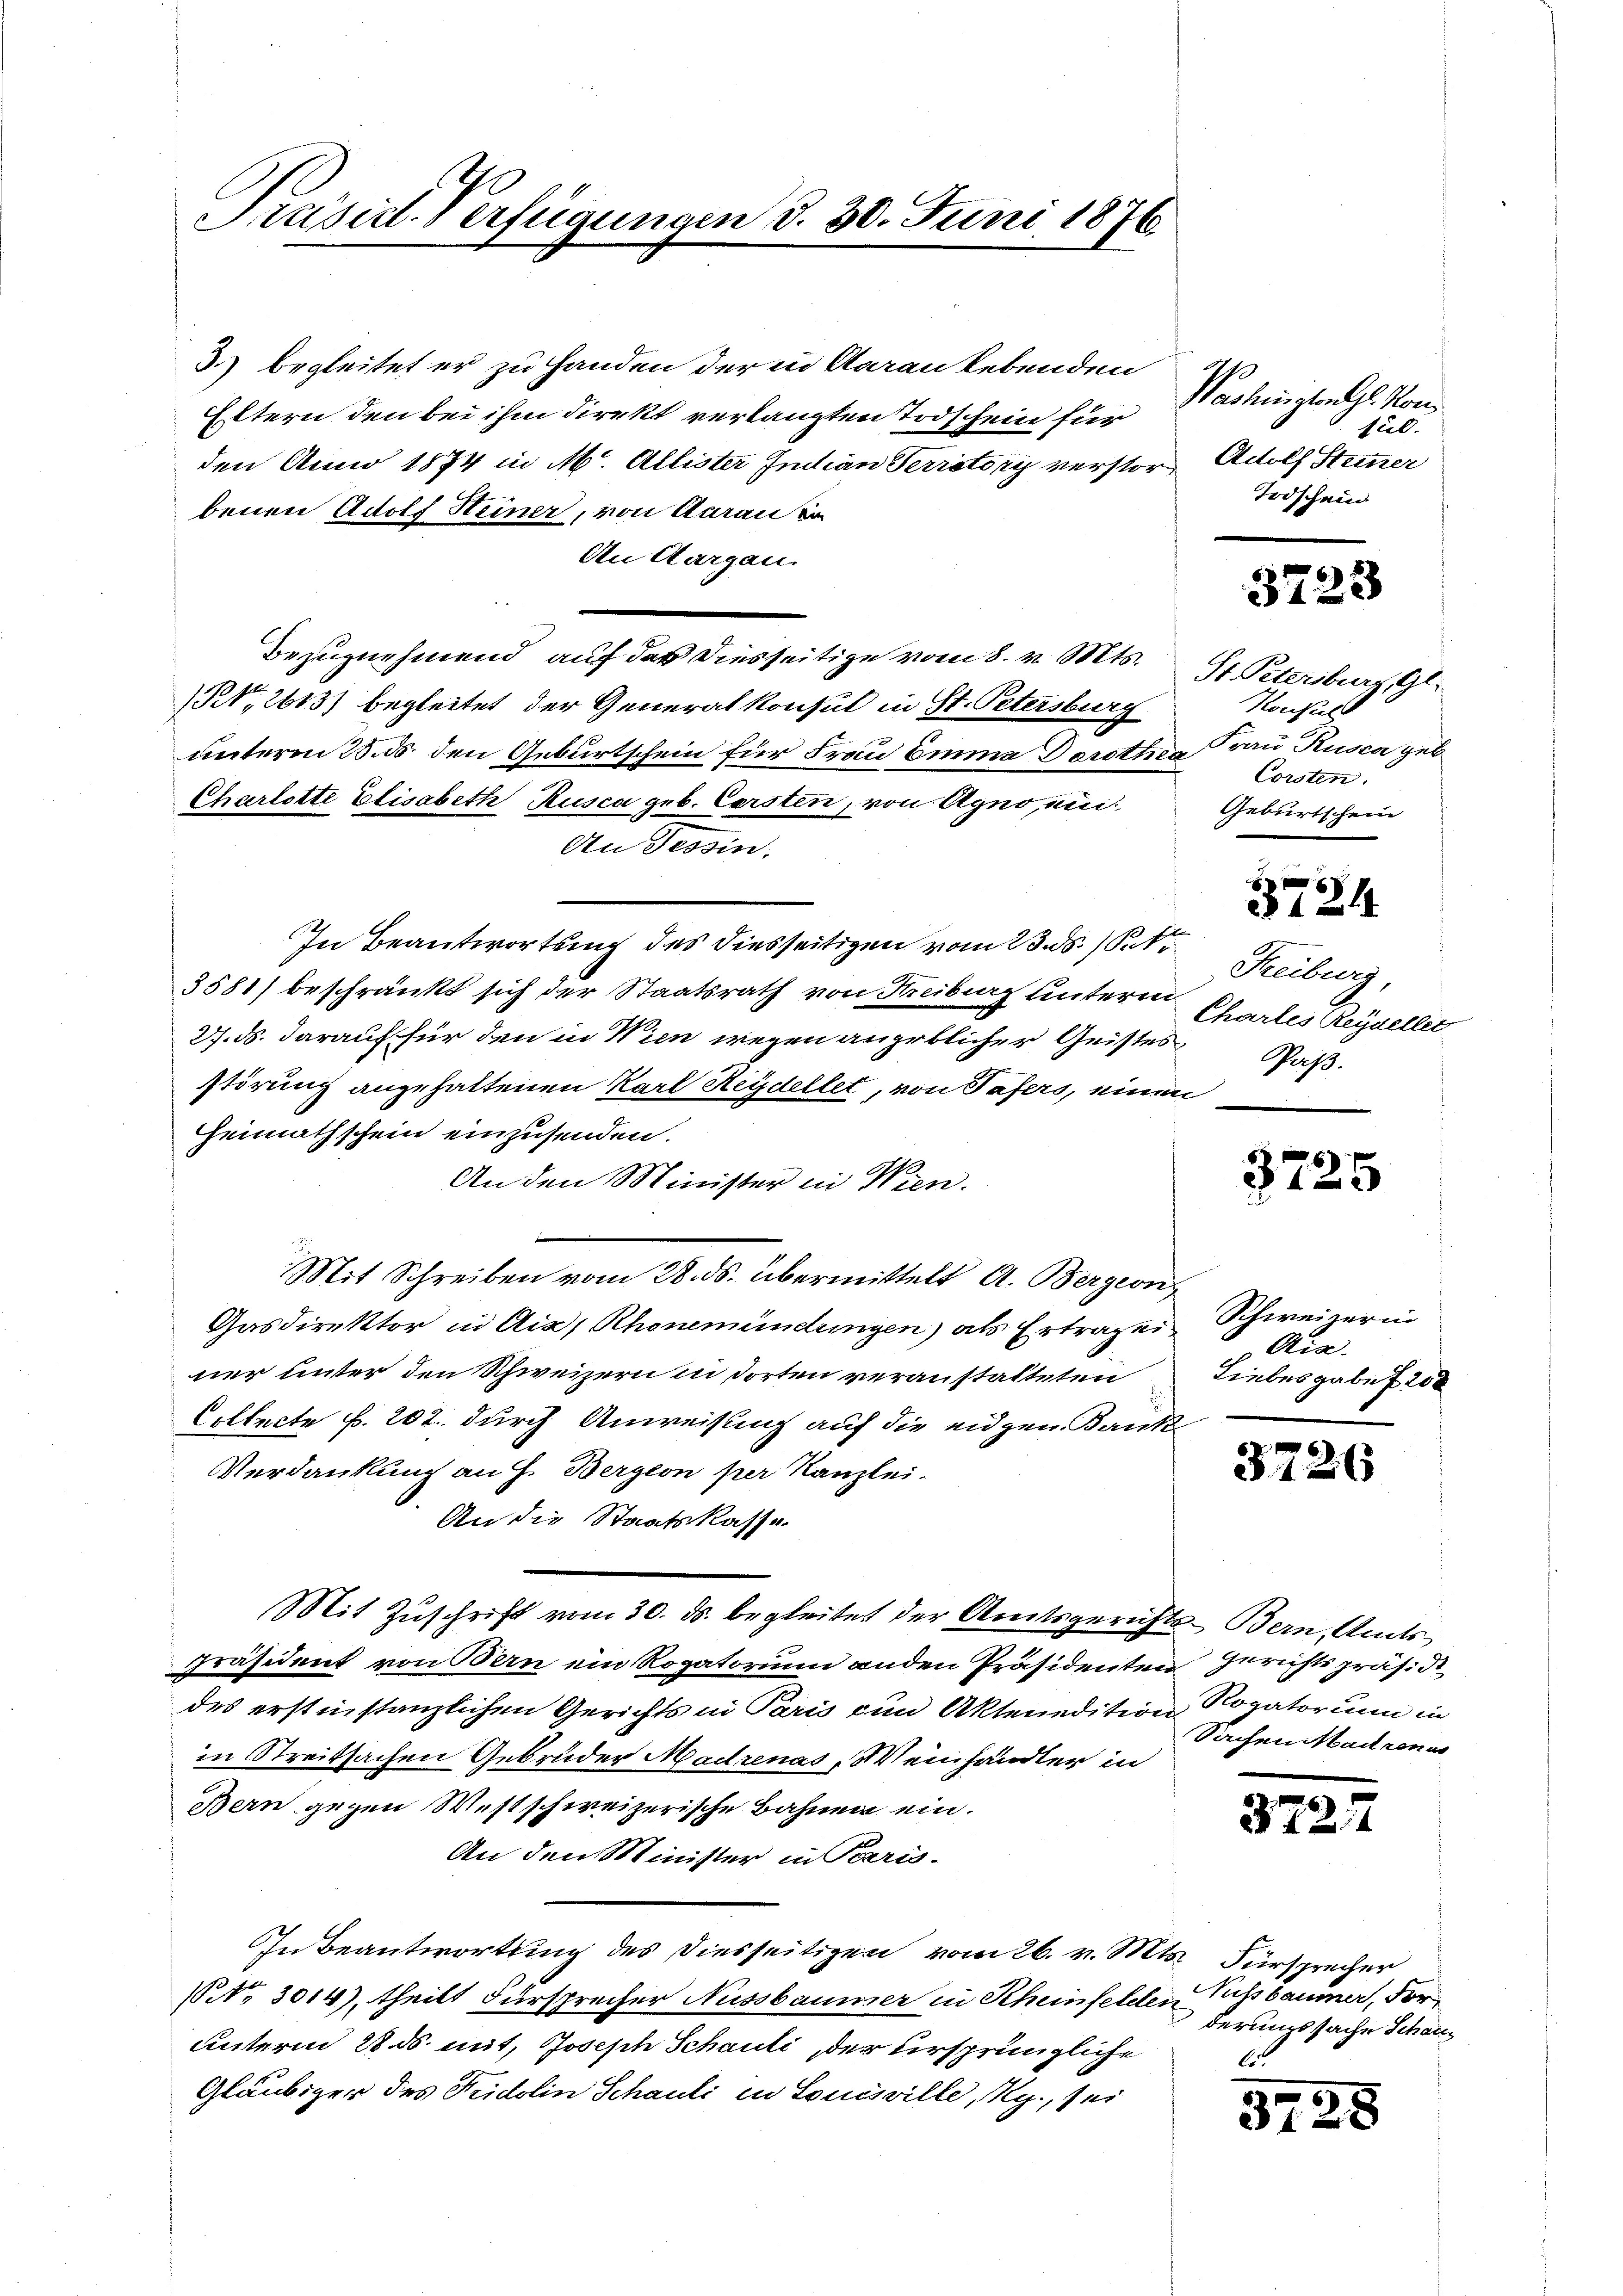
Präsid. Verfügungen d. 30. Juni 1876

3.) begleitet er zu Handen der in Aaraukebenden
Eltern den bei ihm direkt verlangten Todschein für
den Anno 1874 in M. Allister Indian Territory verstorbenen Adolf Heiner, von Aarau von
An Aargau.
Bezugnehmend auf der diesseitige vom 8. v. Mts.
(N, 2613) begleitet der Generalkonsul in St. Petersburg
unterm 23. ds den Geburtschein für Frau Emma Dorother Frau Rusca geb¬
Charlotte Elisabeth Rusca geb. Corsten, von Agno, ei¬
An Tessin,
In Beantwortung des diesseitigen vom 23. ds. 1t
3581) beschränkt sich der Staatsrath von Hreiburg unterm
27. ds. darauf für den in Wien wegen angeblicher Geistes
störung angehaltenen Karl Reydellet, von Tafers, einen
Heimathschein einzusenden.
An den Minister in Wien.
Mit Schreiben vom 28. ds. übermittelt A. Bergeon
Gasdirektor in Ais, Rhonemündungen) als Ertragen Schweizerin
ner unter den Schweizern in dorten veranstatteten
Cillecte p. 202. durch Anweisung auf die eidgen. Bank
Verdankung an H. Bergern per Kanzlei.
An die Staatskasse.
Mit Zuschrift vom 30. ds. begleitet der Amtsgerichts-Bern, Amts
präsident von Bern ein Rogatorium anden Präsidenten
des erstinstanzlichen Gerichts in Paris zum Aktenedition Rogatorium in
in Streitsachen Gebrüder Madrenas, Weinhändler in
Bern gegen Westschweizerische Bahnen ein.
An den Minister in Paris-
In Beantwortung des Diesseitigen vom 26. v. Mts. Fürsprecher
NNo. 3014), theilt Fürsprecher Aussbaumer in Rheinfelden Pichbaumer, Forunterm 28. ds. mit, Joseph Schauli, der ursprüngliche
Gläubiger des Fridolin Schauli in Souisville, Rg., sei

Washington Gl. Kons
sul.
Adolf Steiner
Todschein

3723

St. Petersburg, Gl.
Konsuls
Corsten.
Geburtschein

f xx
§§ 124

Freiburg
Chartes Reydellett
Pass.

3725

Aix.
Liebesgabe f. 200

3726

Gerichtspräside
Sachen Madrone

3727

derungssache Schanli

3728